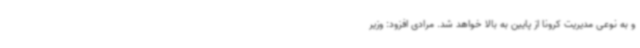
و به نوعی مدیریت کرونا از پایین به بالا خواهد شد. مرادی افزود: وزیر